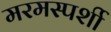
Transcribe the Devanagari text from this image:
मरमस्पर्शी